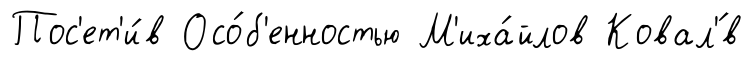
Пос'ет'и́в Осо́б'енностью М'иха́йлов Ковал'́в